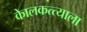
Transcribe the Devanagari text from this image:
केालकत्त्याला